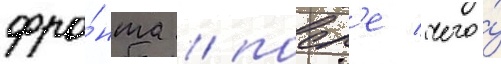
фро́нта / посл'е чего́